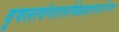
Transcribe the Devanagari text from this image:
वृषलत्वंगतालोकेब्राह्मणादर्शनेनच।